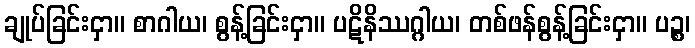
ချုပ်ခြင်းငှာ။ စာဂါယ၊ စွန့်ခြင်းငှာ။ ပဋိနိဿဂ္ဂါယ၊ တစ်ဖန်စွန့်ခြင်းငှာ။ ပဉ္စ၊